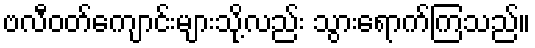
ဗလီဝတ်ကျောင်းများသို့လည်း သွားရောက်ကြသည်။